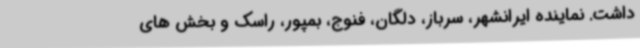
داشت. نماینده ایرانشهر، سرباز، دلگان، فنوج، بمپور، راسک و بخش های